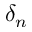
\delta _ { n }